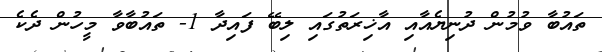
ތައުބާ ވުމުން ދުނިޔެއާއި އާޚިރަތުގައި ލިބޭ ފައިދާ 1- ތައުބާވާ މީހުން ދެކެ